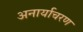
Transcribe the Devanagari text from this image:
अनार्याचरण